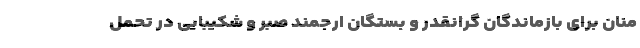
منان برای بازماندگان گرانقدر و بستگان ارجمند صبر و شکیبایی در تحمل